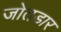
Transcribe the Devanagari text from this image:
जोतडार